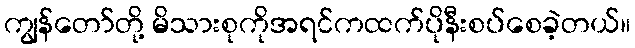
ကျွန်တော်တို့ မိသားစုကိုအရင်ကထက်ပိုနီးစပ်စေခဲ့တယ်။